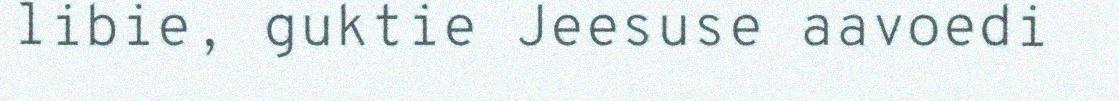
libie, guktie Jeesuse aavoedi